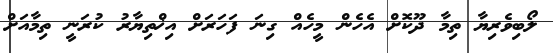
ލޯބިވެރިޔާ ތިމާ ދޫކޮށް އެހެން މީހެއް ގިނަ ފަހަރަށް އިޚްތިޔާރު ކުރަނީ ތިމާއަށް